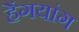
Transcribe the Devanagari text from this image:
हेंगयांग